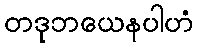
တဒုဘယေနပါဟံ